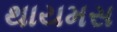
થાયમસ